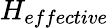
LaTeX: H_{effective}